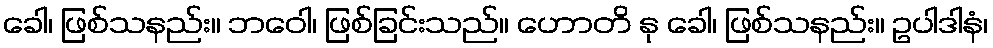
ခေါ၊ ဖြစ်သနည်း။ ဘဝေါ၊ ဖြစ်ခြင်းသည်။ ဟောတိ နု ခေါ၊ ဖြစ်သနည်း။ ဥပါဒါနံ၊